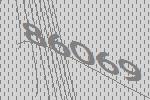
86069